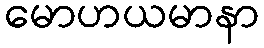
မောဟယမာနာ